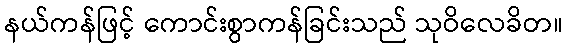
နယ်ကန်ဖြင့် ကောင်းစွာကန်ခြင်းသည် သုဝိလေခိတ။